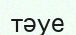
тәуе